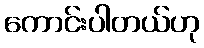
ကောင်းပါတယ်ဟု